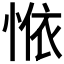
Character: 𱞣